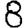
Digit: 8